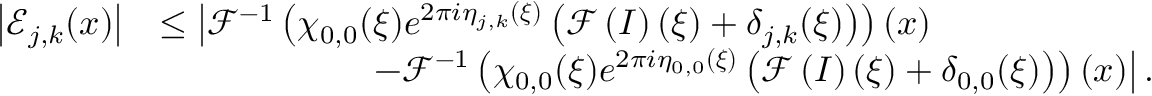
\begin{array} { r l } { \left\vert \mathcal { E } _ { j , k } ( \boldsymbol { x } ) \right\vert } & { \leq \big \vert \mathcal { F } ^ { - 1 } \left( \chi _ { 0 , 0 } ( \boldsymbol { \xi } ) e ^ { 2 \pi i \eta _ { j , k } ( \boldsymbol { \xi } ) } \left( \mathcal { F } \left( I \right) ( \boldsymbol { \xi } ) + \delta _ { j , k } ( \boldsymbol { \xi } ) \right) \right) ( \boldsymbol { x } ) } \\ & { \qquad \qquad \qquad - \mathcal { F } ^ { - 1 } \left( \chi _ { 0 , 0 } ( \boldsymbol { \xi } ) e ^ { 2 \pi i \eta _ { 0 , 0 } ( \boldsymbol { \xi } ) } \left( \mathcal { F } \left( I \right) ( \boldsymbol { \xi } ) + \delta _ { 0 , 0 } ( \boldsymbol { \xi } ) \right) \right) ( \boldsymbol { x } ) \big \vert \, . } \end{array}